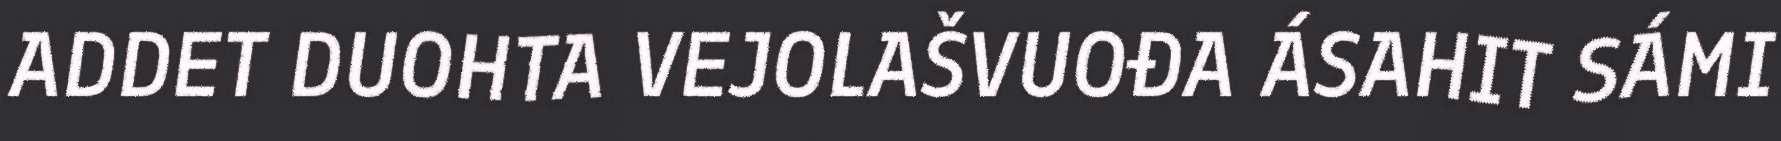
ADDET DUOHTA VEJOLAŠVUOĐA ÁSAHIT SÁMI